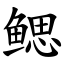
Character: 鳃